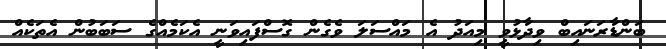
ބަންޑާރަނައިބް ވިދާޅުވީ މިއަދު އެ މައްސަލަ ވެގެން ގޮސްފައިވަނީ އެކަމެއްގެ ސަބަބުން އެތަކެއް